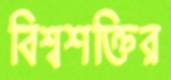
বিশ্বশক্তির